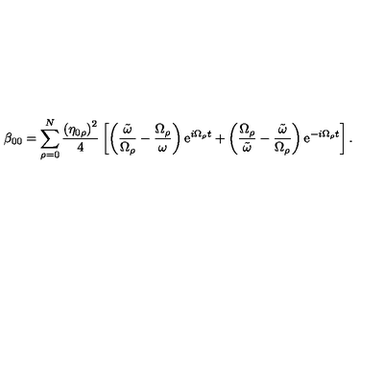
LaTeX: \beta _ { 0 0 } = \sum _ { \rho = 0 } ^ { N } \frac { \left( \eta _ { 0 \rho } \right) ^ { 2 } } { 4 } \left[ \left( \frac { \tilde { \omega } } { \Omega _ { \rho } } - \frac { \Omega _ { \rho } } { \omega } \right) \mathrm { e } ^ { i \Omega _ { \rho } t } + \left( \frac { \Omega _ { \rho } } { \tilde { \omega } } - \frac { \tilde { \omega } } { \Omega _ { \rho } } \right) \mathrm { e } ^ { - i \Omega _ { \rho } t } \right] .